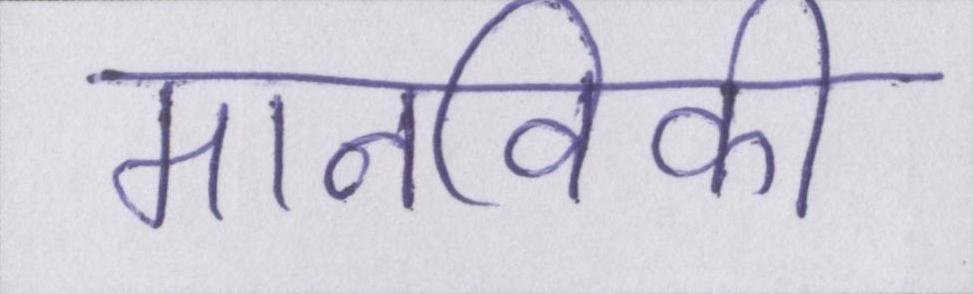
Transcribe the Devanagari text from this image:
मानविकी